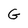
Character: G